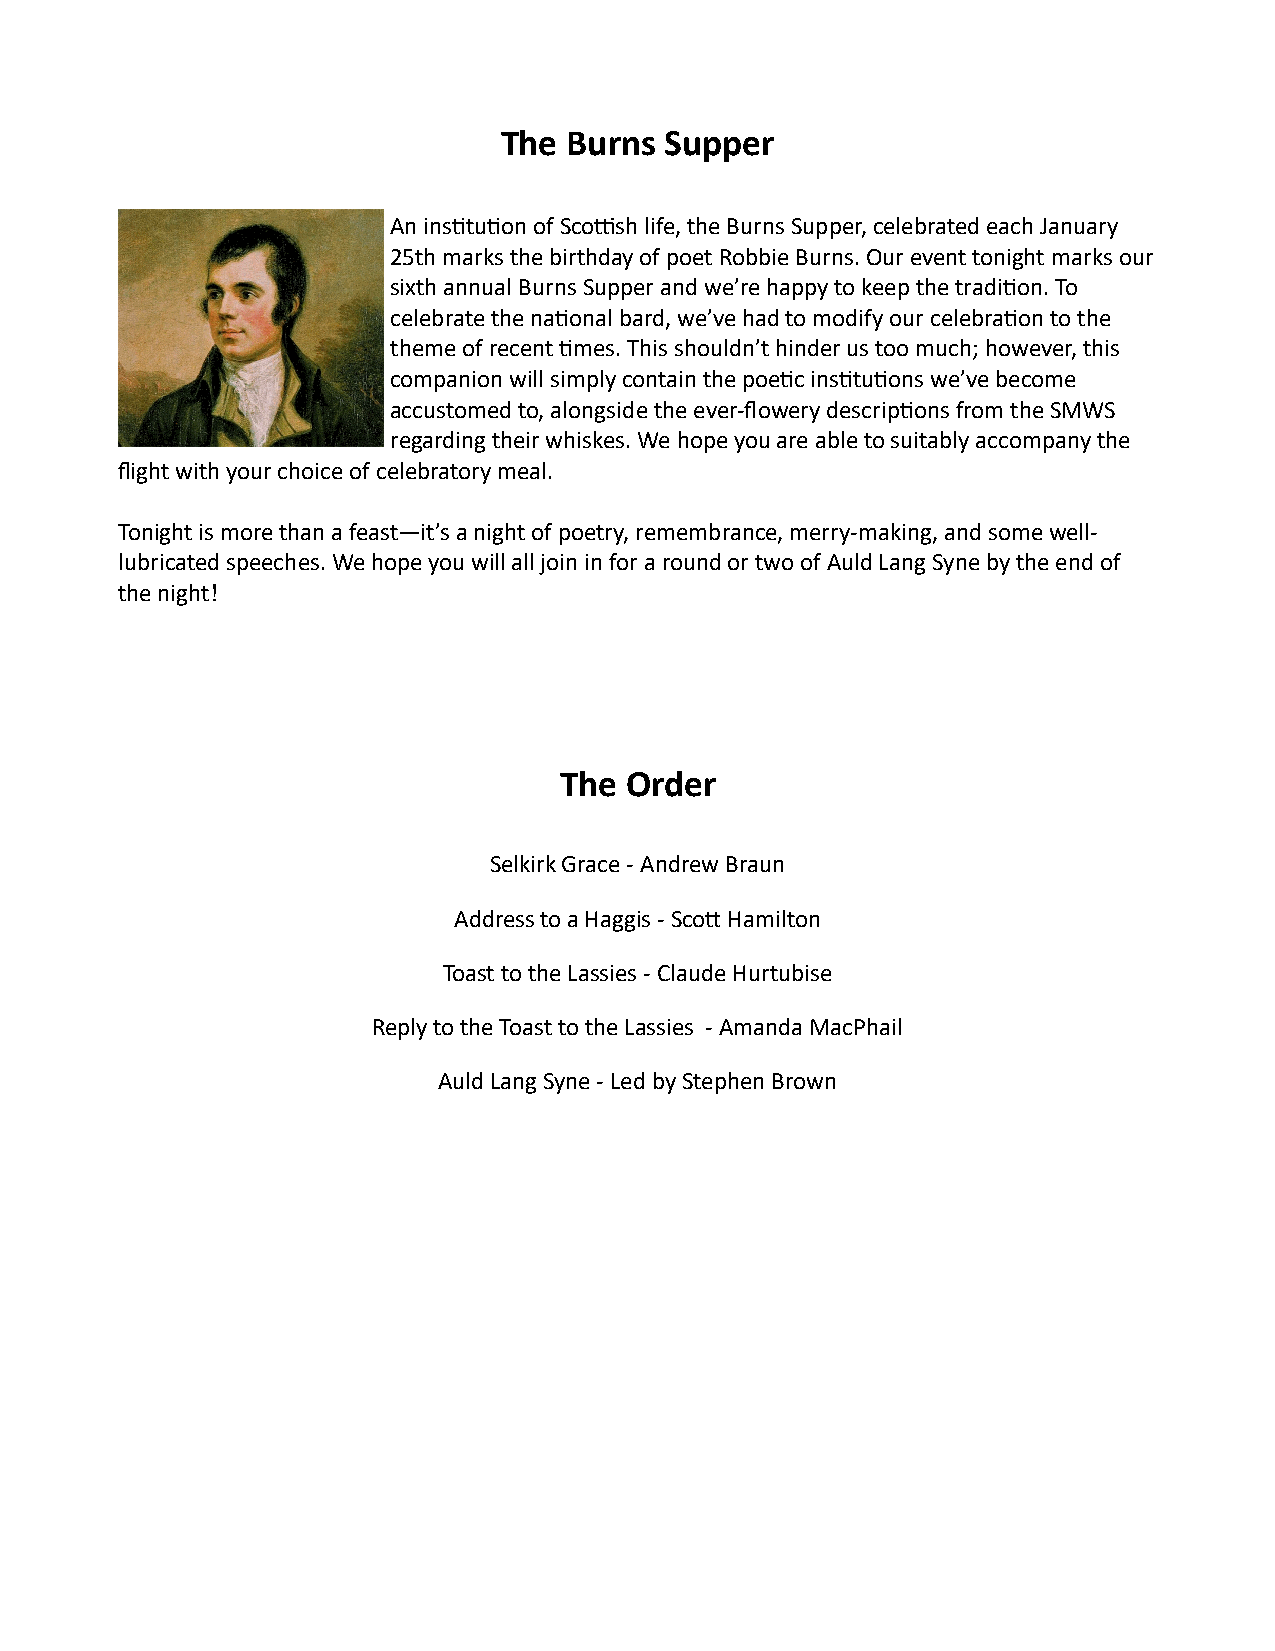
The  Burns Supper
 An institution of Scottish life, the Burns Supper, celebrated each January
 25th marks the birthday of poet Robbie Burns. Our event tonight marks our
 sixth annual Burns Supper and we’re happy to keep the tradition. To
 celebrate the national bard, we’ve had to modify our celebration to the
 theme of recent times. This shouldn’t hinder us too much; however, this
 companion will simply contain the poetic institutions we’ve become
 accustomed to, alongside the ever-flowery descriptions from the SMWS
 regarding their whiskes. We hope you are able to suitably accompany the
 flight with your choice of celebratory meal.
 Tonight is more than a feast—it’s a night of poetry, remembrance, merry-making, and some well-
 lubricated speeches. We hope you will all join in for a round or two of Auld Lang Syne by the end of
 the night!
 The Order
 Selkirk Grace - Andrew Braun
 Address to a Haggis - Scott Hamilton
 Toast to the Lassies - Claude Hurtubise
 Reply to the Toast to the Lassies - Amanda MacPhail
 Auld Lang Syne - Led by Stephen Brown